Lunatic asylums in Bengal annual reports 1899-1911 - 1899-1911
Year: 1899
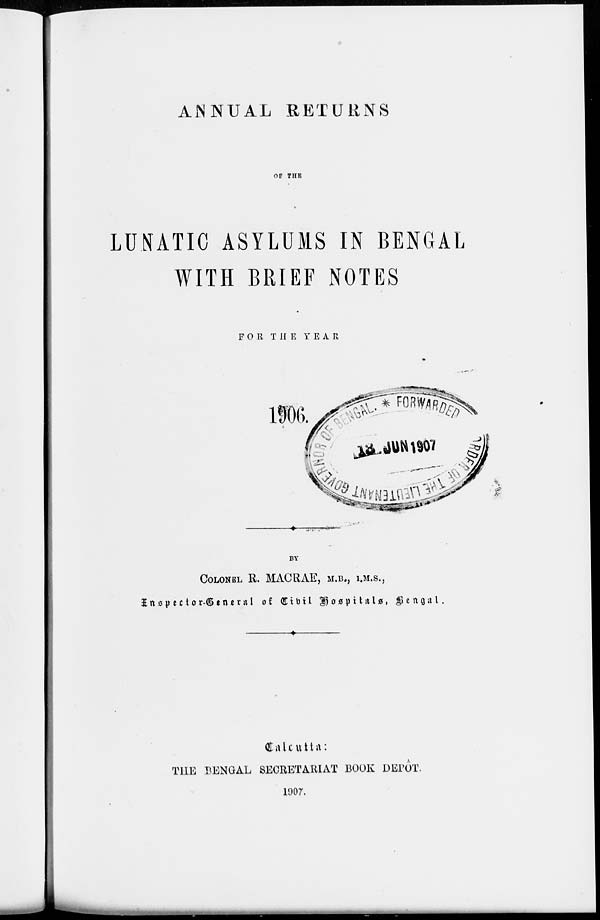
ANNUAL RETURNS
OF THE
LUNATIC ASYLUMS IN BENGAL
WITH BRIEF NOTES
FOR THE
YEAR
1906.
BY
COLONEL R. MACRAE, M.B., I.M.S.,
Inspector-General of Civil Hospitals,
Bengal.
Calcutta:
THE BENGAL SECRETARIAT BOOK DEPÔT.
1907.